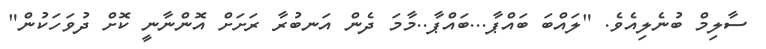
ސާލިމް ބުނެލިއެވެ. "ލައްބަ ބައްޕާ...ބައްޕާ..މާމަ ދެން އަނބުރާ ރަށަށް އޮންނާނީ ކޮށް ދުވަހަކުން"